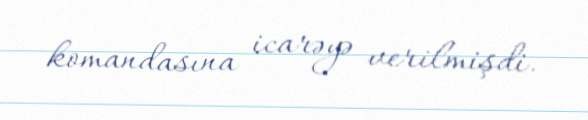
komandasına icarəyə verilmişdi.